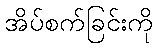
အိပ်စက်ခြင်းကို